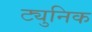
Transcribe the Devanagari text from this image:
ट्युनिक